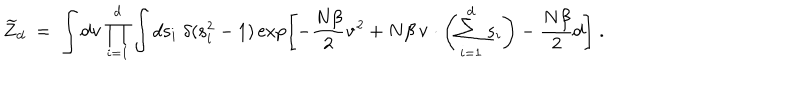
LaTeX: \widetilde { Z } _ { d } \; = \; \int d { \bf v } \prod _ { i = 1 } ^ { d } \int d { \bf s } _ { i } \; \delta ( { \bf s } _ { i } ^ { 2 } - 1 ) \exp \left[ - { \frac { N \beta } { 2 } } { \bf v } ^ { 2 } + N \beta \, { \bf v } \cdot \left( \sum _ { i = 1 } ^ { d } { \bf s } _ { i } \right) - { \frac { N \beta } { 2 } } d \right] \; .